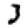
Digit: 3